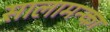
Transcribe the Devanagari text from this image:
सालामन्का